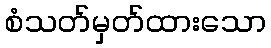
စံသတ်မှတ်ထားသော